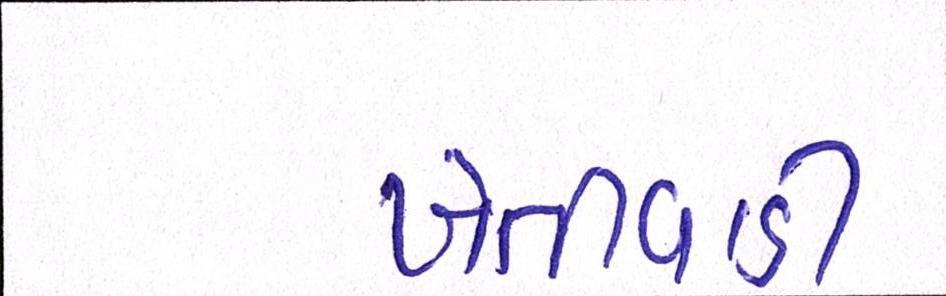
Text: ખેતીવાડી